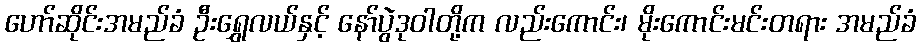
ဟော်ဆိုင်းအမည်ခံ ဦးရွှေလယ်နှင့် နော်ပွဲဒုဝါတို့က လည်းကောင်း၊ မိုးကောင်းမင်းတရား အမည်ခံ